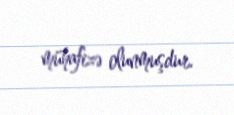
mühafizə olunmuşdur.